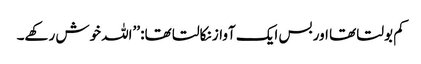
کم بولتا تھا اور بس ایک آواز نکالتا تھا: ’’اللہ خوش رکھے۔